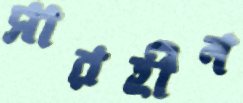
সারহীন